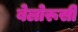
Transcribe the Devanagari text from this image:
बेलोरूसी